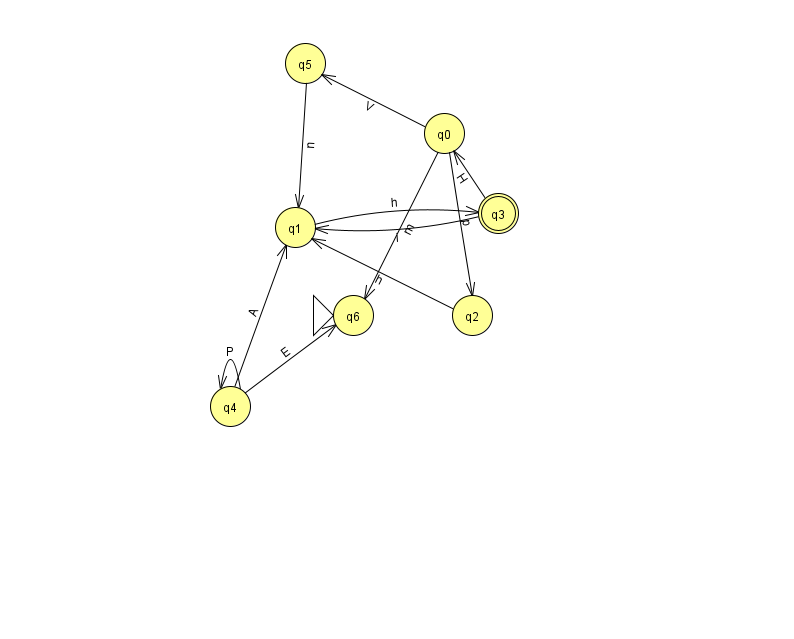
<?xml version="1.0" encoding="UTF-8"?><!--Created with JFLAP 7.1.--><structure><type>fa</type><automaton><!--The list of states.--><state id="0" name="q0"><x>444.0</x><y>120.0</y></state><state id="1" name="q1"><x>295.0</x><y>214.0</y></state><state id="2" name="q2"><x>472.0</x><y>302.0</y></state><state id="3" name="q3"><x>498.0</x><y>200.0</y><final/></state><state id="4" name="q4"><x>230.0</x><y>393.0</y></state><state id="5" name="q5"><x>305.0</x><y>50.0</y></state><state id="6" name="q6"><x>353.0</x><y>302.0</y><initial/></state><!--The list of transitions.--><transition><from>3</from><to>1</to><read>i</read></transition><transition><from>4</from><to>4</to><read>P</read></transition><transition><from>1</from><to>3</to><read>h</read></transition><transition><from>2</from><to>1</to><read>h</read></transition><transition><from>3</from><to>0</to><read>H</read></transition><transition><from>4</from><to>6</to><read>E</read></transition><transition><from>0</from><to>5</to><read>V</read></transition><transition><from>0</from><to>6</to><read>m</read></transition><transition><from>0</from><to>2</to><read>p</read></transition><transition><from>5</from><to>1</to><read>n</read></transition><transition><from>4</from><to>1</to><read>A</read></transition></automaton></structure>